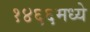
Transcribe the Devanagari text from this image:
१४६६मध्ये